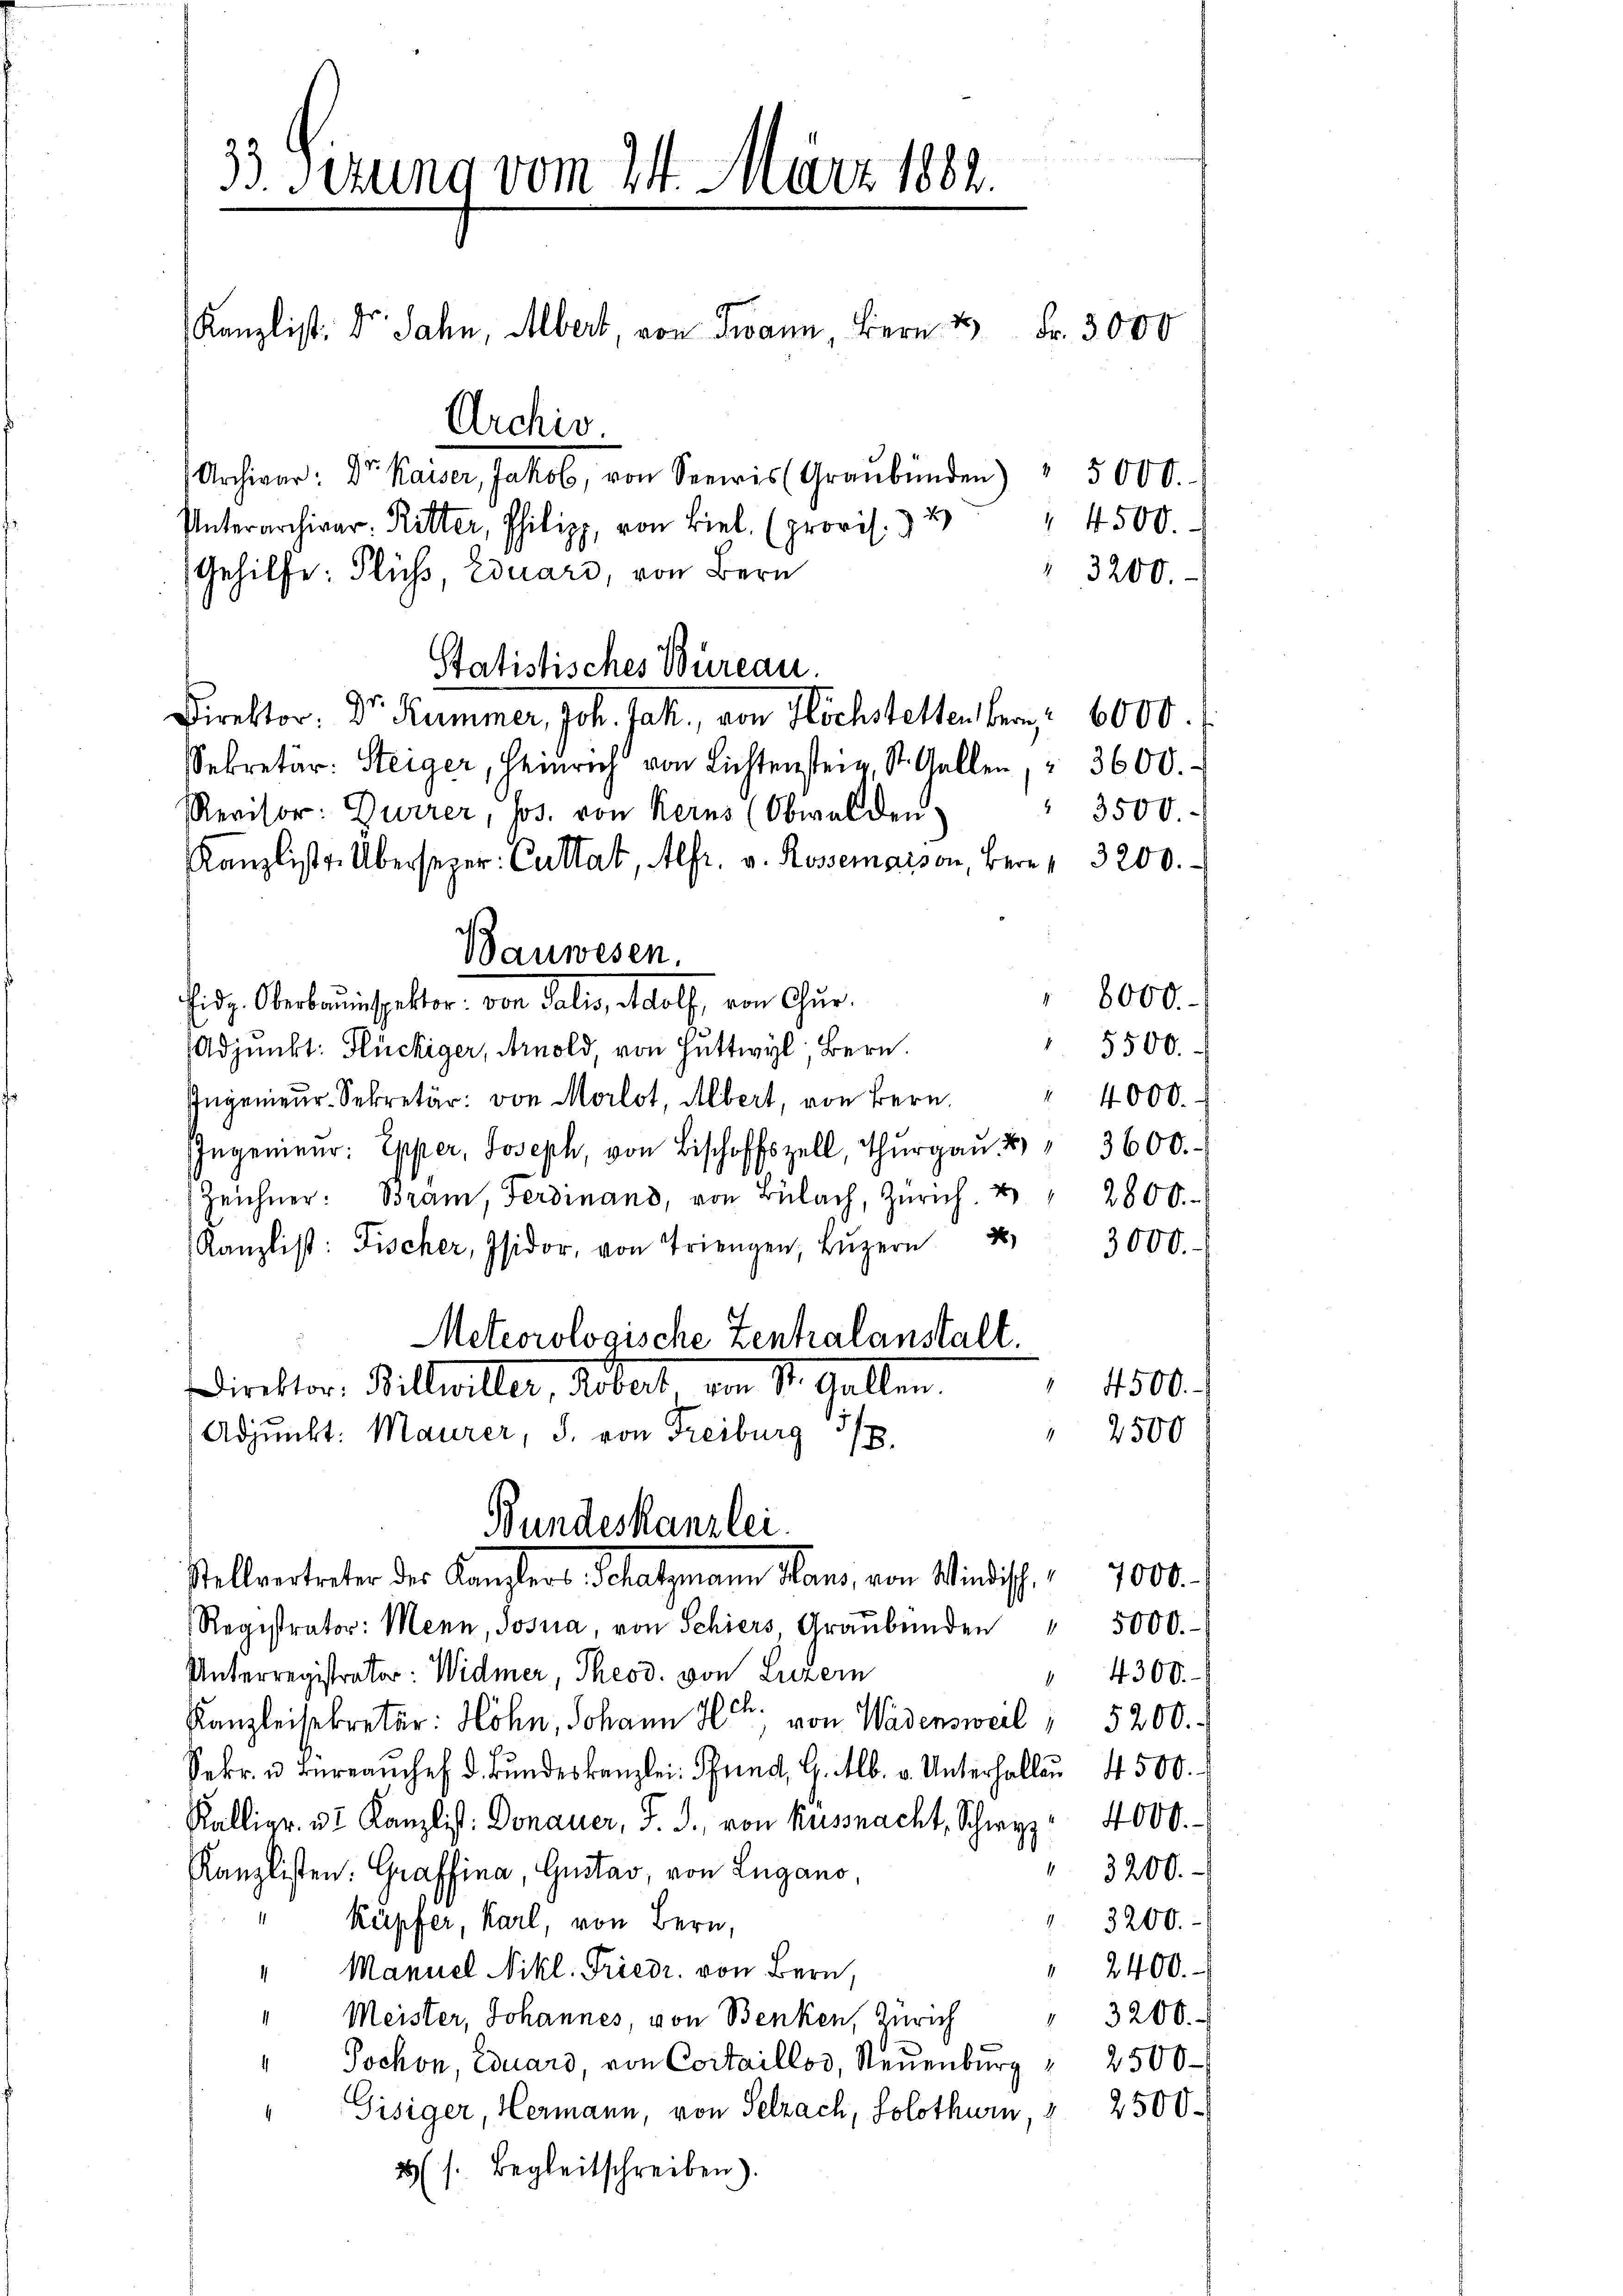
33. Sizung vom 24. März 1882.

Bauwesen.

Kanzlist. Dr. Jahn, Albert, von Twann, Bern 2 Fr. 3000

Archiv
Archivar: Dr. Kaiser, Jakob, von Seewis (Graubünden) " 5000.
 4500.
Unterarchivar- Ritter, Philipp, von Biel (provis. 3 u
Gehilfe: Fluss, Eduard, von Bern
 3200.
Statistisches Bureau.
Direktor. Dr. Kummer, Joh. Jahl, von Höchstellen bern 6000.
Sekretär: Steiger, Heinrich von Lichtenstein, St. Gallen, " 3600.
" 3500.
Revisor: Durrer, Jos. von Kerns (Obwalden.
Kanzliste. Übersezer: Cultat, Alfr. v. Rossemaison, Bern, 3200.
" 8000.
Eidg. Oberbauinspektor, von Salis, Wolf, von Chur¬
5500.
(Adjunkt: Flückiger, Arnold, von Huttwyl Bern.
Ingenieŭr-Sekretär: von Morlot, Albert, von Bern.
Ingenieur: Epper, Joseph, von Bischofzell, Thŭrgaŭ " 3600.
Zeichner: Bräm, Ferdinand, von Bülach, Zürich u " 2800.
Kanzlist: Fischer, Isidor, von Trien, Lŭzern
Meteorologische Zentralanstalt.
Direktor Billwiller, Albert von St. Gallen.
4500.
2500
Adjunkt: Maurer, J. von Freiburg
5/6.
Bundeskanzlei.
Stellvertreter des Kanzlers, Schatzmann Hans, von Windisch. 7000.
Registrator: Menn, Josua, von Schiers, Graŭbenden " 5000.-
Unterregistrator: Widmer, Theod. von Luzern
4300.
Kanzleisekretär: Hohn, Johann Hch. von Wadensweil " 5200.
Sekr. u. Bureamchef d. Bundeskanzlei Pfund, G. M. v. Unterhalten 4500.
Källigr. d. Kanzlist. Donauer, J. J., von Kussnacht, Schwyz" 4000.-
 3200.
Kanzlisten: Graffina, Gustav von Lugano,
 3200.
Küpfer, Karl, von Bern,
" 2400.
" Manuel Nikl. Friedr. von Bern,
" 3200.
Meister, Johannes, von Benken, Zürich
" Jochon, Eduard, von Cortaillos, Neuenburg " 2500
Gisiger, Hermann, von Selzach, Solothurn " 2500
2 (s. Begleitschreiben).

" 4000.
3000.